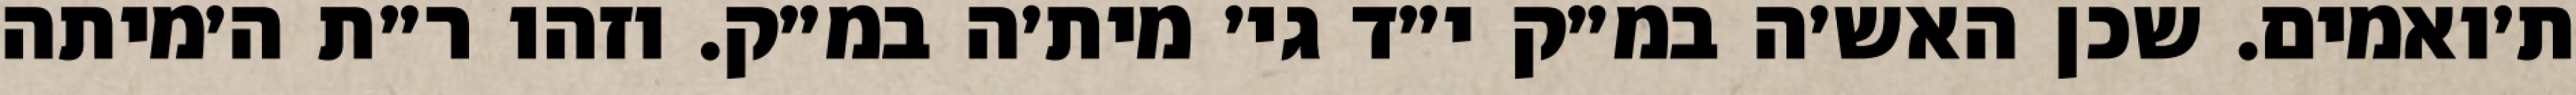
ת׳ואמים. שכן האש׳ה במ״ק י״ד גי׳ מית׳ה במ״ק. וזהו ר״ת ה׳מיתה